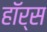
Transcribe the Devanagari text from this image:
हाॅर्स